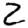
Digit: 2